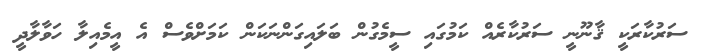
ސަރުކާރަކީ ޤާނޫނީ ސަރުކާރެއް ކަމުގައި ސީމެގުން ބަލައިގަންނަކަން ކަމަށްވެސް އެ އީމެއިލާ ހަވާލާދީ